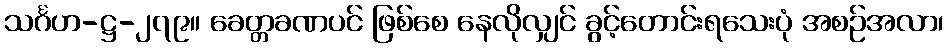
သင်္ဂဟ-ဋ္ဌ-၂၇၉။ ခေတ္တခဏပင် ဖြစ်စေ နေလိုလျှင် ခွင့်တောင်းရသေးပုံ အစဉ်အလာ၊